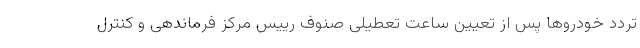
تردد خودروها پس از تعیین ساعت تعطیلی صنوف رییس مرکز فرماندهی و کنترل